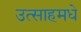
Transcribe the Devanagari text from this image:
उत्साहमधे